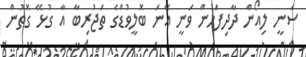
ސަނީ ލިއޯން ދާދިފަހުން ވަނީ އޭނަ ބޮލީވުޑްގެ ތަޖުރިބާ އާ ގުޅޭ ގޮތުން